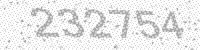
Solution: 232754